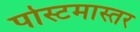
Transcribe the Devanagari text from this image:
पोस्टमास्तर